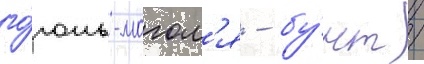
го́голь-могол'я - бу́нт /